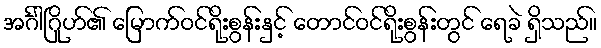
အင်္ဂါဂြိုဟ်၏ မြောက်ဝင်ရိုးစွန်းနှင့် တောင်ဝင်ရိုးစွန်းတွင် ရေခဲ ရှိသည်။